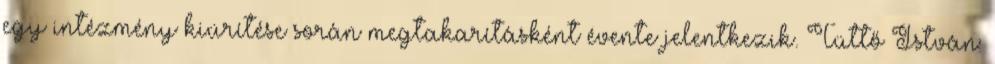
egy intézmény kiürítése során megtakarításként évente jelentkezik. Tüttő István: